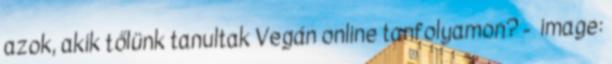
azok, akik tőlünk tanultak Vegán online tanfolyamon? - image: